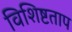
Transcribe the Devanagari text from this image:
विशिष्टताप